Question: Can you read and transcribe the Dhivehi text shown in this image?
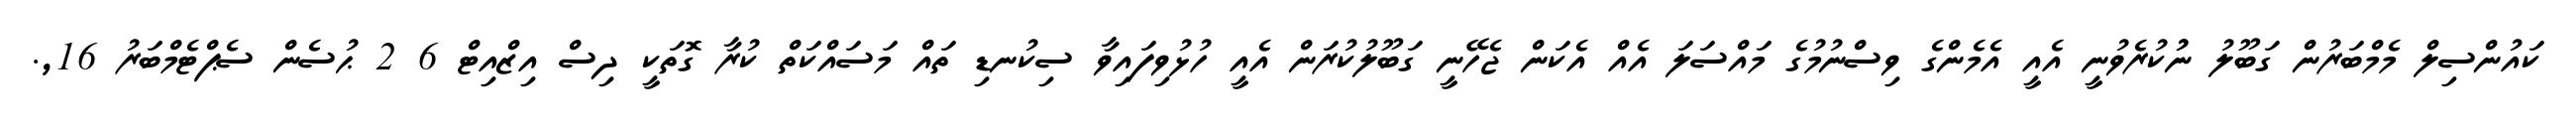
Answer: ކައުންސިލް މެމްބަރުން ގަބޫލު ނުުކުރެވުނީ އެއީ އެމެންގެ ވިސްނުމުގެ މައްސަލަ އެއް އެކަން ޖެހޭނީ ގަބޫލުކުރަން އެއީ ހުޅުވިފައިވާ ސިކުނޑި ތައް މަސައްކަތް ކުރާ ގޮތަކީ ދިސް އިޒްއިޓް 6 2 ޙުސެން ސެޕްޓެމްބަރު 16,.